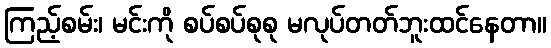
ကြည့်စမ်း၊ မင်းကို စပ်စပ်စုစု မလုပ်တတ်ဘူးထင်နေတာ။